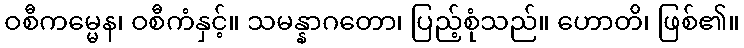
ဝစီကမ္မေန၊ ဝစီကံနှင့်။ သမန္နာဂတော၊ ပြည့်စုံသည်။ ဟောတိ၊ ဖြစ်၏။